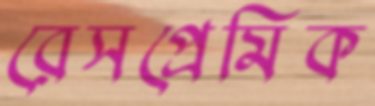
রেসপ্রেমিক